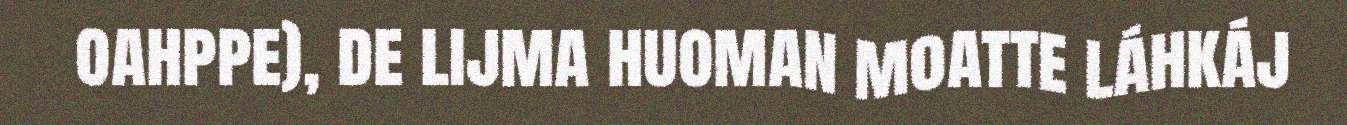
oahppe), de lijma huoman moatte láhkáj